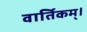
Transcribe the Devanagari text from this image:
वार्तिकम्।